Report of the Indian Hemp Drugs Commission, 1894-1895 - Volume VI
Year: 1894
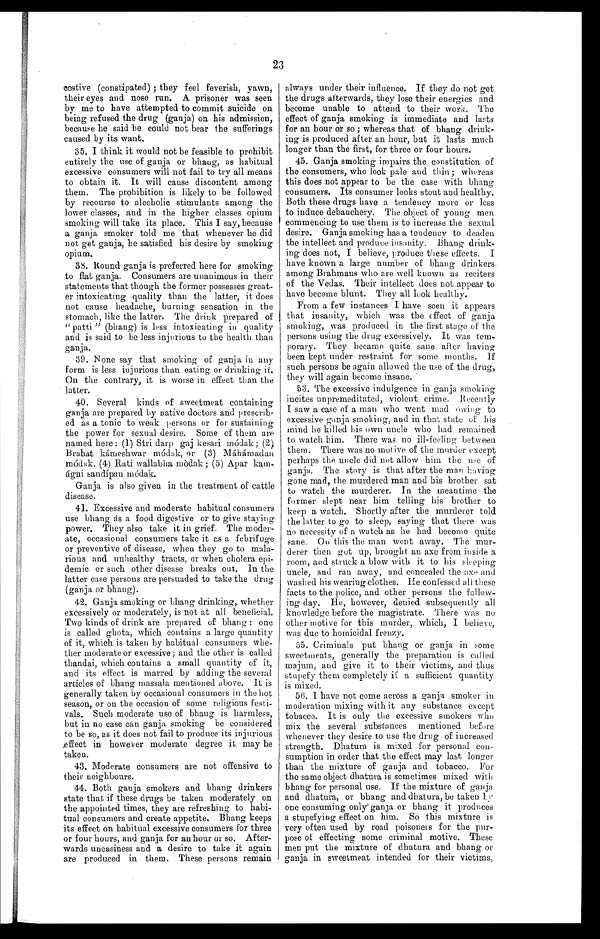
23
costive (constipated); they feel feverish, yawn,
their eyes and nose run. A prisoner was seen
by me to have attempted to commit suicide on
being refused the drug (ganja) on his admission,
because he said he could not bear the sufferings
caused by its want.
35. I think it would not be feasible to prohibit
entirely the use of ganja or bhang, as habitual
excessive consumers will not fail to try all means
to obtain it. It will cause discontent among
them. The prohibition is likely to be followed
by recourse to alcoholic stimulants among the
lower classes, and in the higher classes opium
smoking will take its place. This I say, because
a ganja smoker told me that whenever he did
not get ganja, he satisfied his desire by smoking
opium.
38. Round ganja is preferred here for smoking
to flat ganja. Consumers are unanimous in their
statements that though the former possesses great--
er intoxicating quality than the latter, it does
not cause headache, burning sensation in the
stomach, like the latter. The drink prepared of
"patti" (bhang) is less intoxicating in quality
and is said to be less injurious to the health than
ganja.
39. None say that smoking of ganja in any
form is less injurious than eating or drinking it.
On the contrary, it is worse in effect than the
latter.
40. Several kinds of sweetmeat containing
ganja are prepared by native doctors and prescrib--
ed as a tonic to weak persons or for sustaining
the power for sexual desire. Some of them are
named here: (1) Stri darp gaj kesari módak; (2)
Brahat kámeshwar módak, or (3) Máhámada
n
módak, (4) Rati wallabha módak; (5) Apar kam-
ágni sandípan módak.
Ganja is also given in the treatment of cattle
disease.
41. Excessive and moderate habitual consumers
use bhang as a food digestive or to give staying
power. They also take it in grief. The moder--
ate, occasional consumers take it as a febrifuge
or preventive of disease, when they go to mala-
rious and unhealthy tracts, or when cholera epi- -
demic or such other disease breaks out. In the
latter case persons are persuaded to take the drug
(ganja or bhang).
42. Ganja smoking or bhang drinking, whether
excessively or moderately, is not at all beneficial.
Two kinds of drink are prepared of bhang: one
is called ghota, which contains a large quantity
of it, which is taken by habitual consumers whe-
ther moderate or excessive; and the other is called
thandai, which contains a small quantity of it,
and its effect is marred by adding the several
articles of bhang massala mentioned above. It is
generally taken by occasional consumers in the hot
season, or on the occasion of some religious festi--
vals. Such moderate use of bhang is harmless,
but in no case can ganja, smoking be considered
to be so, as it does not fail to produce its injurious
effect in however moderate degree it may be
taken.
43. Moderate consumers are not offensive to
their neighbours.
44. Both ganja smokers and bhang drinkers
state that if these drugs be taken moderately on
the appointed times, they are refreshing to habi-
tual consumers and create appetite. Bhang keeps
its effect on habitual excessive consumers for three
or four hours, and ganja for an hour or so. After-
wards uneasiness and a desire to take it again
are produced in them. These persons remain
always under their influence. If they do not get
the drugs afterwards, they lose their energies and
become unable to attend to their work. The
effect of ganja smoking is immediate and lasts
for an hour or so; whereas that of bhang drink-
ing is produced after an hour, bat it lasts much
longer than the first, for three or four hours.
45. Ganja smoking impairs the constitution of
the consumers, who look pale and thin; whereas
this does not appear to be the case with bhang
consumers. Its consumer looks stout and healthy.
Both these drugs have a tendency more or less
to induce debauchery, The object of young men
commencing to use them is to increase the sexual
desire. Ganja smoking has a tendency to deaden
the intellect and produce insanity. Bhang drink-
ing does not, I believe, produce these effects. I
have known a large number of bhang drinkers.
among Brahmans who are well known as reciters
of the Vedas. Their intellect does not appear to
have become blunt. They all look healthy.
From a few instances I have seen it appears
that insanity, which was the effect of ganja
smoking, was produced in the first stage of the
persons using the drug excessively. It was tem-
porary. They became quite sane after having
been kept under restraint for some months. If
such persons be again allowed the use of the drug,
they will again become insane.
53. The excessive indulgence in ganja smoking
incites unpremeditated, violent crime. Recently
I saw a case of a man who went mad owing to
excessive ganja smoking, and in that state of his
mind he killed his own uncle who had remained
to watch him. There was no ill-feeling between
them. There was no motive of the murder except
perhaps the uncle did not allow him the use of
ganja. The story is that after the man having
gone mad, the murdered man and his brother sat
to watch the murderer. In the meantime the
former slept near him telling his brother to
keep a watch. Shortly after the murderer told
the latter to go to sleep, saying that there was
no necessity of a watch as he had become quite
sane. On this the man went away. The mur-
derer then got up, brought an axe from inside a
room, and struck a blow with it to his sleeping
uncle, and ran away, and concealed the axe and
washed his wearing clothes. He confessed all these
facts to the police, and other persons the follow-
ing day. He, however, denied subsequently all
knowledge before the magistrate. There was no
other motive for this murder, which, I believe,
was due to homicidal frenzy.
55. Criminals put bhang or ganja in some
sweetmeats, generally the preparation is called
majum, and give it to their victims, and thus
stupefy them completely if a sufficient quantity
is mixed.
56. I have not come across a ganja smoker in
moderation mixing with it any substance except
tobacco. It is only the excessive smokers who
mix the several substances mentioned before
whenever they desire to use the drug of increased
strength. Dhatura is mixed for personal con-
sumption in order that the effect may last longer
than the mixture of ganja and tobacco. For
the same object dhatura is sometimes mixed with
bhang for personal use. If the mixture of ganja
and dhatura, or bhang and dhatura, be taken
one consuming only ganja or bhang it produces
a stupefying effect on him. So this mixture is
very often used by road poisoners for the pur-
pose of effecting some criminal motive. These
men put the mixture of dhatura and bhang or
ganja in sweetmeat intended for their victims,